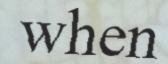
when